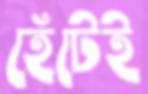
হেঁটেই